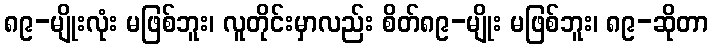
၈၉-မျိုးလုံး မဖြစ်ဘူး၊ လူတိုင်းမှာလည်း စိတ်၈၉-မျိုး မဖြစ်ဘူး၊ ၈၉-ဆိုတာ